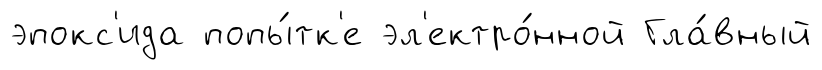
эпокс'ида попы́тк'е эл'ектро́нной Гла́вный